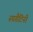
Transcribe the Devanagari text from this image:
स्पगैटिनी